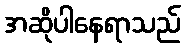
အဆိုပါနေရာသည်